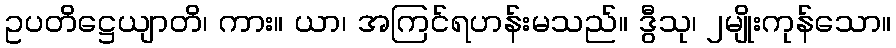
ဥပတိဋ္ဌေယျာတိ၊ ကား။ ယာ၊ အကြင်ရဟန်းမသည်။ ဒွီသု၊ ၂မျိုးကုန်သော။